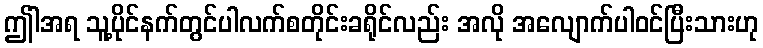
ဤါအရ သူ့ပိုင်နက်တွင်ပါလက်စတိုင်းခရိုင်လည်း အလို အလျောက်ပါဝင်ပြီးသားဟု